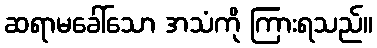
ဆရာမခေါ်သော အသံကို ကြားရသည်။